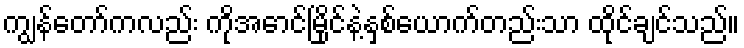
ကျွန်တော်ကလည်း ကိုအောင်မြိုင်နဲ့နှစ်ယောက်တည်းသာ ထိုင်ချင်သည်။